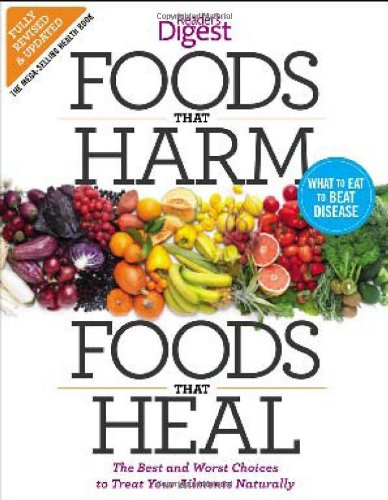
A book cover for Foods that Harm and Foods that Heal: The Best and Worst Choices to Treat your Ailments Naturally; Editors of Reader's Digest; Health, Fitness & Dieting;